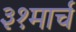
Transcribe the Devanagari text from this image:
३१मार्च